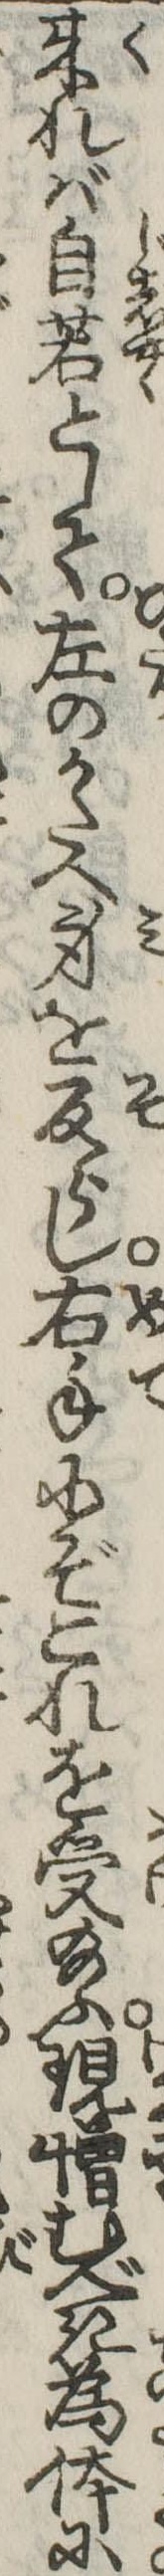
来れば自若として左のかたへ身を反らし右手にぞこれを受給ふ現憎むべき為体に